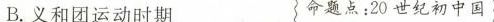
B.义和团运动时期 命题点：20世纪初中国